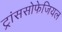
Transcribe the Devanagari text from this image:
ट्रांससोफेजियल